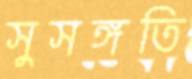
সুসঙ্গতি